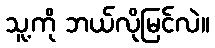
သူ့ကို ဘယ်လိုမြင်လဲ။